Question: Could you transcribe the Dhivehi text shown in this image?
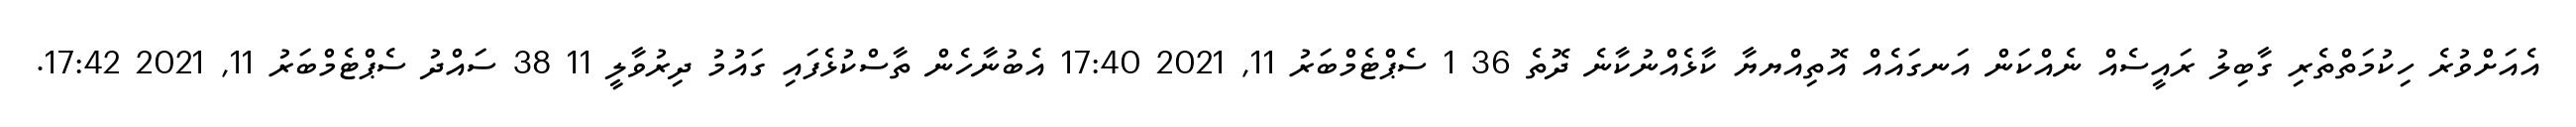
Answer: އެއަށްވުރެ ހިކުމަތްތެރި ގާބިލު ރައީސެއް ނެއްކަން އަނގައެއް އޮތިއްޔޔާ ކާޅެއްނުކާނެ ދޮތެ 36 1 ސެޕްޓެމްބަރު 11, 2021 17:40 އެބުނާހެން ތާސްކުޅެފައި ގައުމު ދިރުވާލީ 11 38 ސައްދު ސެޕްޓެމްބަރު 11, 2021 17:42.